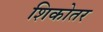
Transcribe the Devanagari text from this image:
शिकोतर